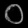
Digit: ၀